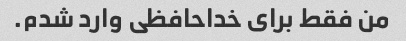
من فقط برای خداحافظی وارد شدم.